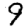
Digit: 9